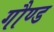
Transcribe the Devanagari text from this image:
गौण्ड